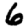
Digit: 6